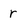
Character: r